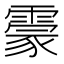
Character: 霥